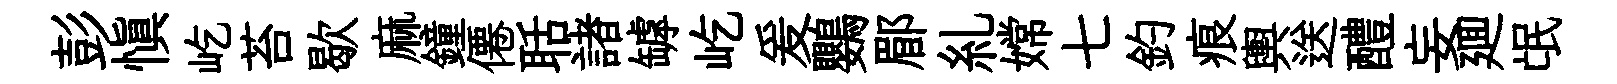
彭愼屹苔歇麻鐘僊聒諸罅屹爰鸚郿糺嫦七釣痕輿送醴妄廽氓